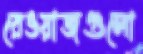
রেওয়াজগুলো